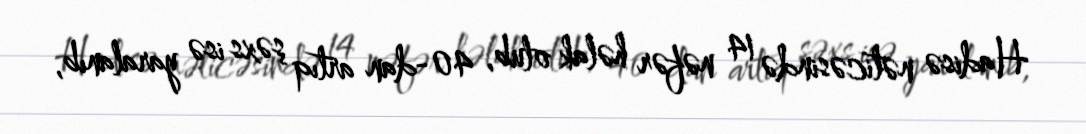
Hadisə nəticəsində 14 nəfər həlak olub, 40-dan artıq şəxs isə yaralanıb,